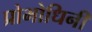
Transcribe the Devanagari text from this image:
प्रोभोधिनी